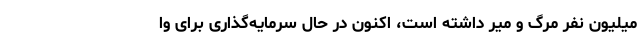
میلیون نفر مرگ و میر داشته است، اکنون در حال سرمایه‌گذاری برای وا